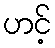
ဟင့်